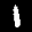
Label: 1